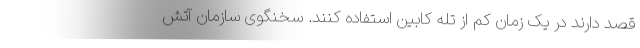
قصد دارند در یک زمان کم از تله کابین استفاده کنند. سخنگوی سازمان آتش